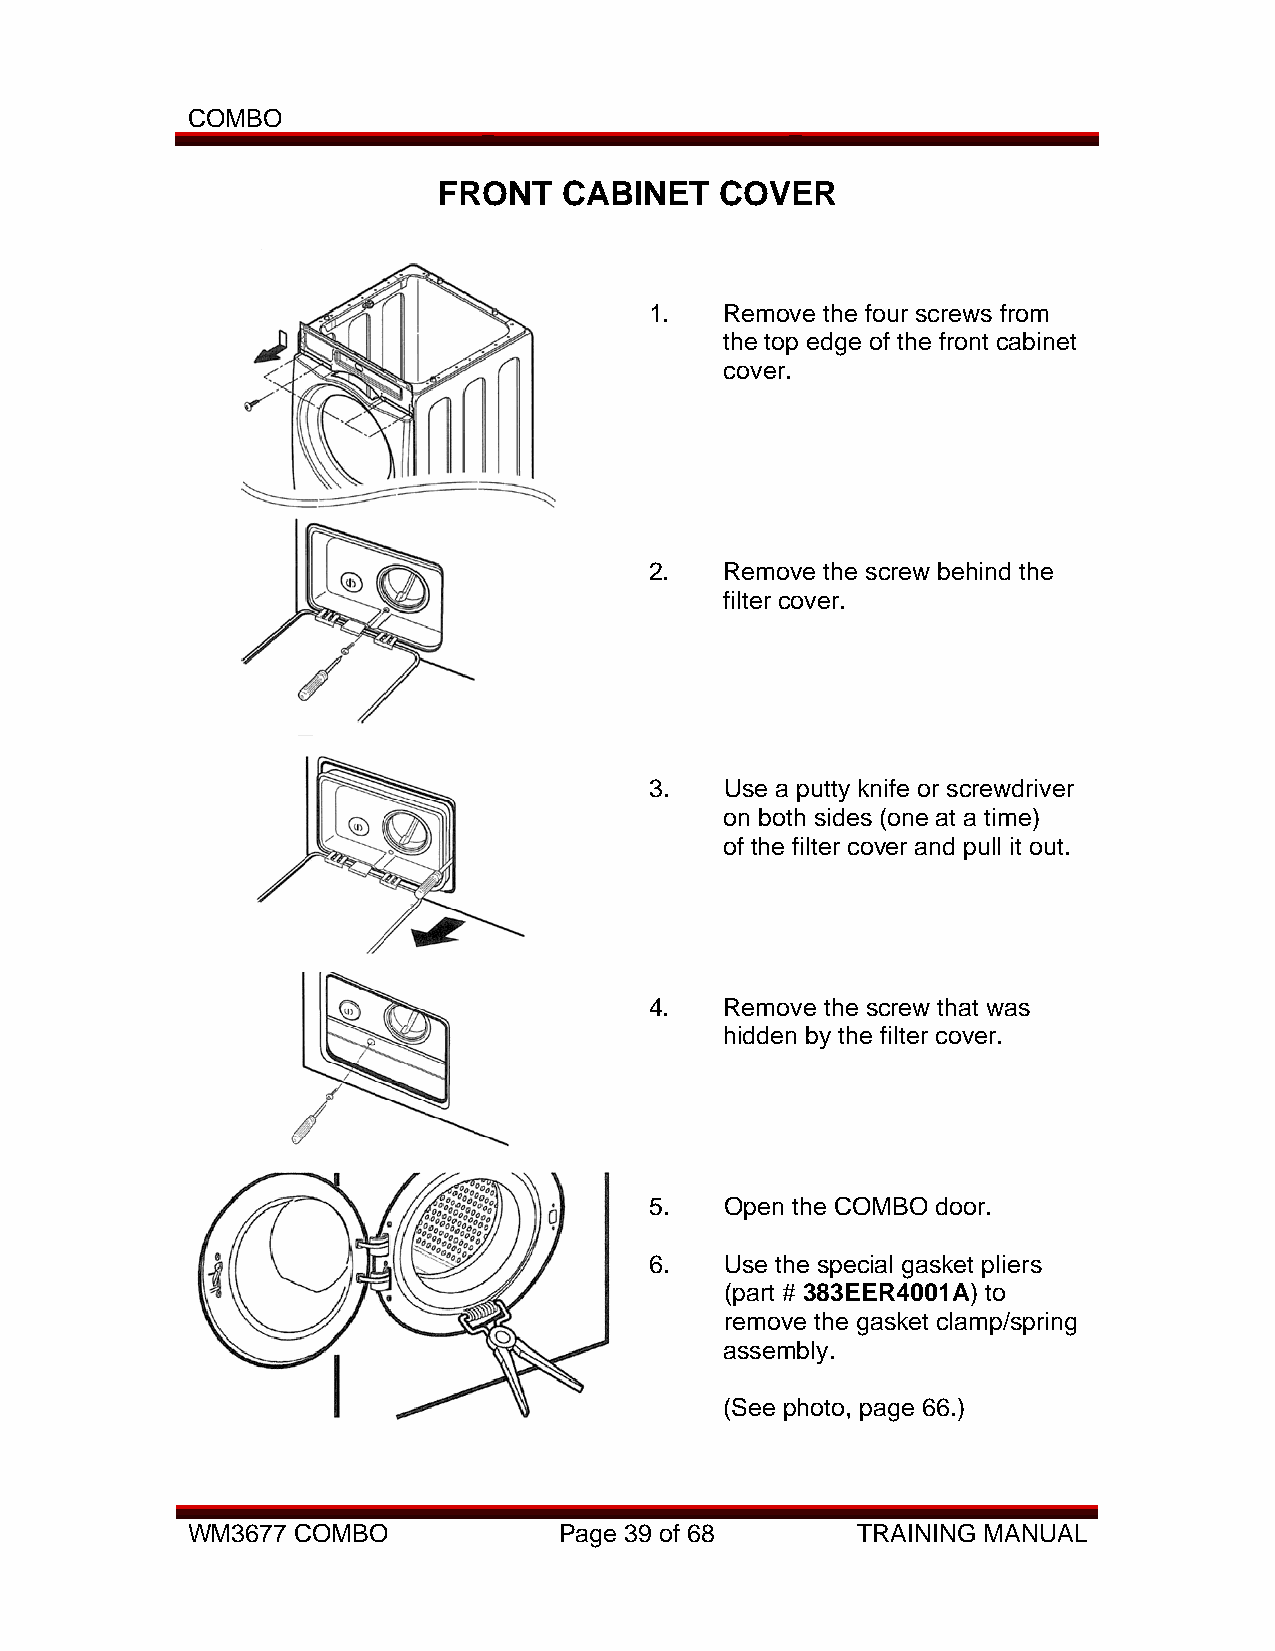
COMBO
 FRONT   CABINET    COVER
 1.   Remove the four screws from
 the top edge of the front cabinet
 cover.
 2.   Remove the screw behind the
 filter cover.
 3.   Use a putty knife or screwdriver
 on both sides (one at a time)
 of the filter cover and pull it out.
 4.   Remove the screw that was
 hidden by the filter cover.
 5.   Open the COMBO door.
 6.   Use the special gasket pliers
 (part # 383EER4001A) to
 remove the gasket clamp/spring
 assembly.
 (See photo, page 66.)
 WM3677 COMBO             Page 39 of 68       TRAINING MANUAL